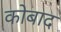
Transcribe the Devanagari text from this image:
कोबाद